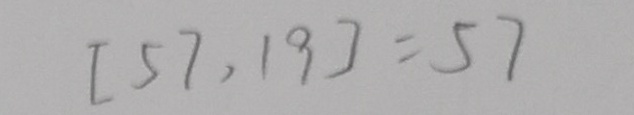
[ 5 7 , 1 9 ] = 5 7